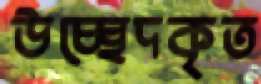
উচ্ছেদকৃত